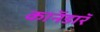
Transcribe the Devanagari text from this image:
काॅनडाॅर